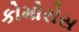
કોમોરોસ